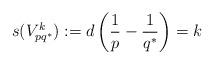
LaTeX: \begin{align*} s(V_{pq^*}^k):=d\left(\frac1p-\frac1{q^*}\right)=k\end{align*}